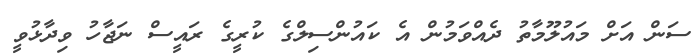
ސަން އަށް މައުލޫމާތު ދެއްވަމުން އެ ކައުންސިލްގެ ކުރީގެ ރައީސް ނަޖާހު ވިދާޅުވީ